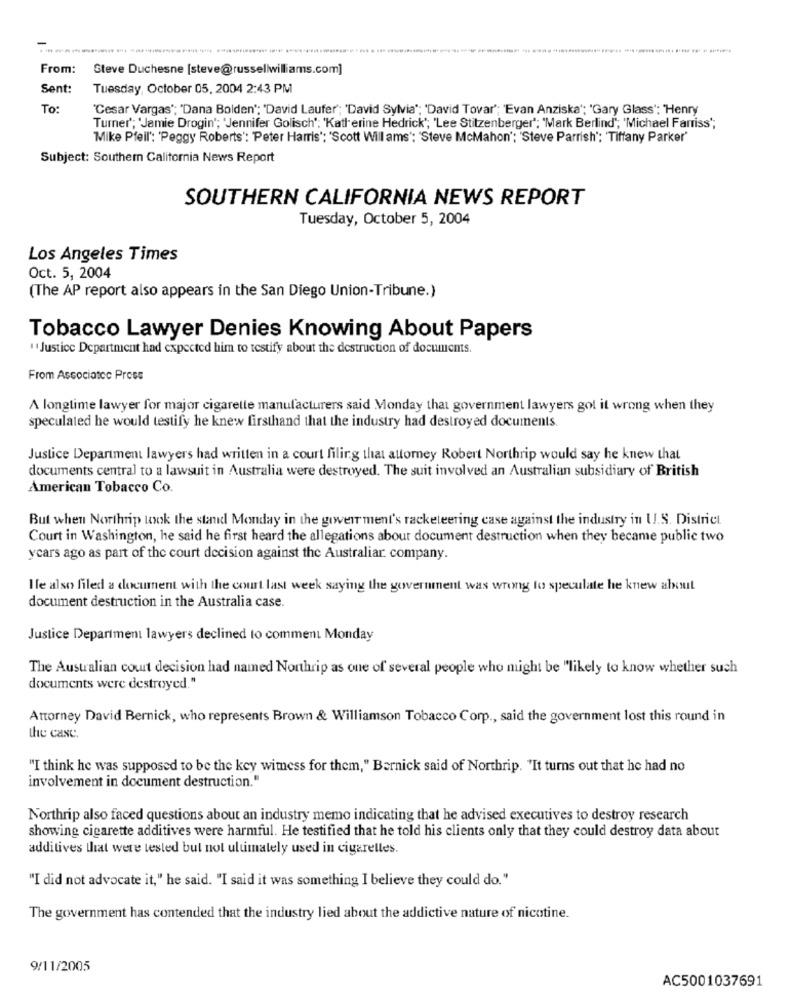
From:
Steve Duchesne [steve@russellwilliams.com]
Sent:
Tuesday, October 05, 2004 2:43 PM
To:
"Cesar Vargas"; "Dana Bolden"; "David Laufer"; 'David Sylvia"; 'David Tovar"; "'Evan Anziska'; 'Gary Glass': Henry
Turner'; 'Jamie Drogin'; 'Jennifer Golisch'; 'Katlerine Hedrick', 'Lee Stitzenberger'; 'Mark Berlind"; 'Michael Farriss";
Mike Pfeil': 'Peggy Roberts': Peter Harris': 'Scott Willams"; "Steve McMahon'; 'Steve Parrish'; 'Tiffany Parker'
Subject: Southern California News Report
SOUTHERN CALIFORNIA NEWS REPORT
Tuesday, October 5, 2004
Los Angeles Times
Oct. 5, 2004
(The AP report also appears in the San Diego Union-Tribune.)
Tobacco Lawyer Denies Knowing About Papers
"Justice Department had expected him to testify about the destruction of documents.
From Associatoc Press
A longtime lawyer for major cigaretle manufacturers said Monday that government lawyers got it wrong when they
speculated he would testify he knew firsthand that the industry had destroyed documents.
Justice Department lawyers had written in a court filing that attorney Robert Northrip would say he knew that
documents central to a lawsuit in Australia were destroyed. The suit involved an Australian subsidiary of British
American Tobacco Co.
But when Northrip took the stand Monday in the gover ment's racketeering case against the industry in U.S. District
Court in Washington, he said he first heard the allegations abour document destruction when they became public two
years ago as part of the court decision against the Australiar company.
Hle also filed a document with the court last week saying the government was wrong to speculate he knew about
document destruction in the Australia case.
Justice Department lawyers declined to comment Monday
The Australian court decision had named Northrip as one of several people who might be "likely to know whether such
documents were destroyed."
Attorney David Bernick, who represents Brown & Williamson Tobacco Corp ., said the government lost this round in
the case.
"I think he was supposed to be the key witness for them," Bernick said of Northrip. "It turns out that he had no
involvement in document destruction."
Northrip also faced questions about an industry memo indicating that he advised executives to destroy research
showing cigarette additives were harmful. He testified that he told his clients only that they could destroy data about
additives that were tested but not ultimately used in cigarettes.
"I did not advocate it," he said. "I said it was something I believe they could do."
The government has contended that the industry lied about the addictive nature of nicotine.
9/11/2005
AC5001037691